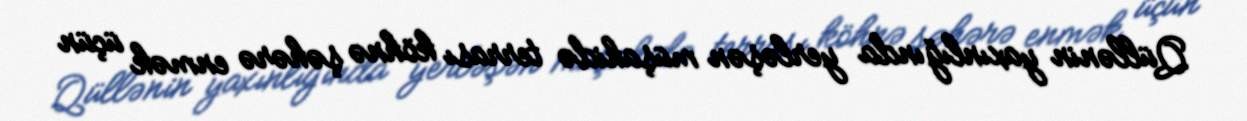
Qüllənin yaxınlığında yerləşən müşahidə terrası köhnə şəhərə enmək üçün